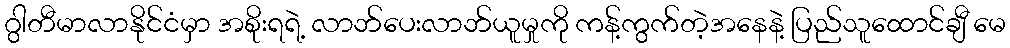
ဂွါတီမာလာနိုင်ငံမှာ အစိုးရရဲ့ လာဘ်ပေးလာဘ်ယူမှုကို ကန့်ကွက်တဲ့အနေနဲ့ ပြည်သူထောင်ချီ မေ